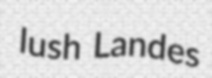
lush Landes